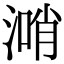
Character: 𣺰